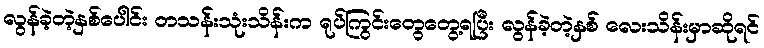
လွန်ခဲ့တဲ့နှစ်ပေါင်း တသန်းသုံးသိန်းက ရုပ်ကြွင်းတွေတွေ့ရပြီး လွန်ခဲ့တဲ့နှစ် လေးသိန်းမှာဆိုရင်